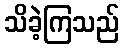
သိခဲ့ကြသည်